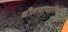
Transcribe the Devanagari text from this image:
धौतपापतीर्थ